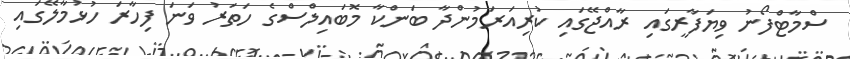
ސްމާޓްފޯނު ވިޔަފާރީގައި ރާއްޖޭގައި ކުރިއަރަމުންދާ ބަންކާ މޮބައިލްސްގެ ހަތަރު ވަނަ ފިހާރަ ހުޅުމާލޭގައި